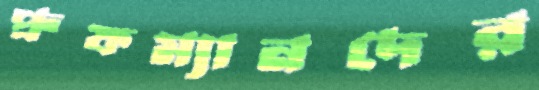
প্রুফম্যানদের